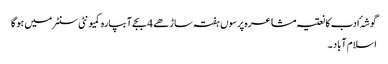
گوشہٴ ادب کا نعتیہ مشاعرہ پرسوں ہفتہ ساڑھے 4 بجے آبپارہ کمیونٹی سنٹر میں ہو گا
اسلام آباد ۔